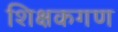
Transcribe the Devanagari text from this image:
शिक्षकगण